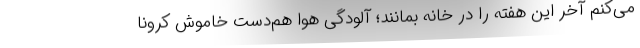
می‌کنم آخر این هفته را در خانه بمانند؛ آلودگی هوا هم‌دست خاموش کرونا